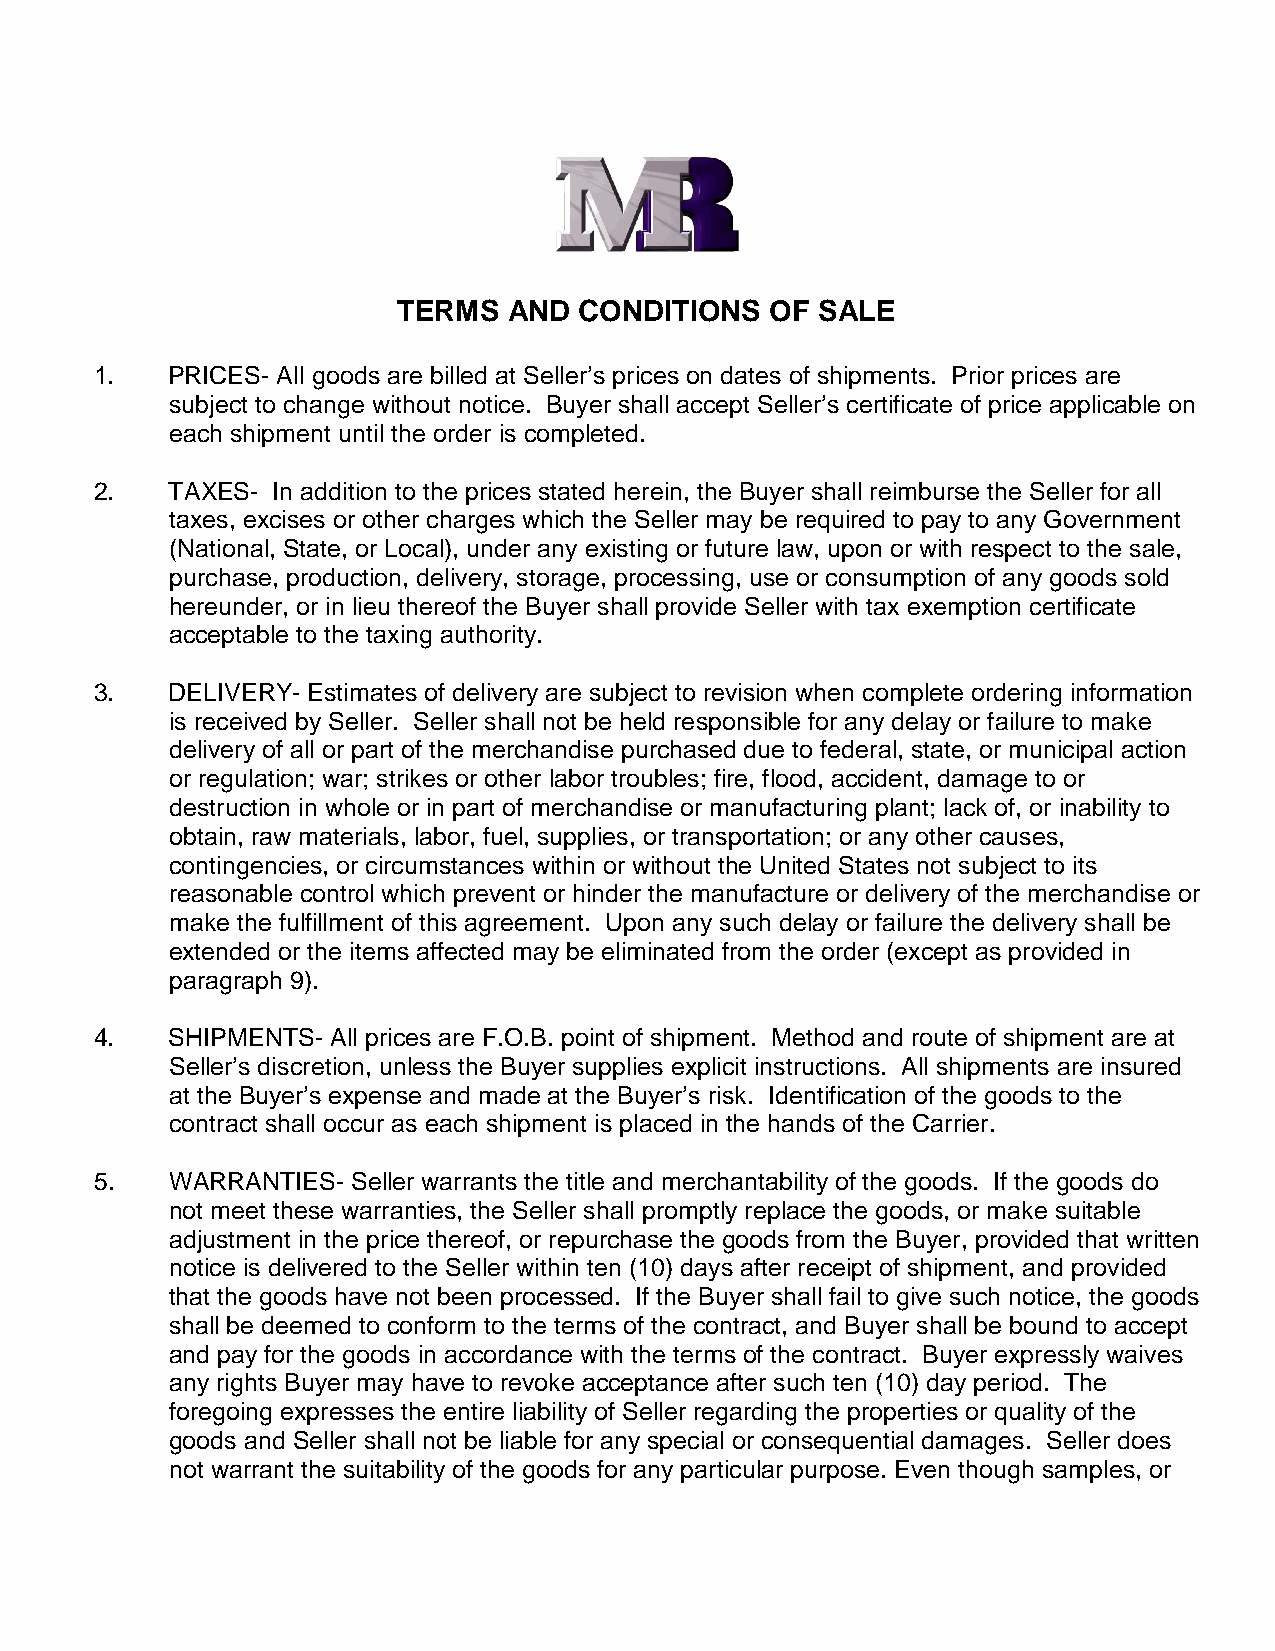
TERMS   AND CONDITIONS   OF SALE
 1.   PRICES- All goods are billed at Seller’s prices on dates of shipments. Prior prices are
 subject to change without notice. Buyer shall accept Seller’s certificate of price applicable on
 each shipment until the order is completed.
 2.   TAXES- In addition to the prices stated herein, the Buyer shall reimburse the Seller for all
 taxes, excises or other charges which the Seller may be required to pay to any Government
 (National, State, or Local), under any existing or future law, upon or with respect to the sale,
 purchase, production, delivery, storage, processing, use or consumption of any goods sold
 hereunder, or in lieu thereof the Buyer shall provide Seller with tax exemption certificate
 acceptable to the taxing authority.
 3.   DELIVERY- Estimates of delivery are subject to revision when complete ordering information
 is received by Seller. Seller shall not be held responsible for any delay or failure to make
 delivery of all or part of the merchandise purchased due to federal, state, or municipal action
 or regulation; war; strikes or other labor troubles; fire, flood, accident, damage to or
 destruction in whole or in part of merchandise or manufacturing plant; lack of, or inability to
 obtain, raw materials, labor, fuel, supplies, or transportation; or any other causes,
 contingencies, or circumstances within or without the United States not subject to its
 reasonable control which prevent or hinder the manufacture or delivery of the merchandise or
 make the fulfillment of this agreement. Upon any such delay or failure the delivery shall be
 extended or the items affected may be eliminated from the order (except as provided in
 paragraph 9).
 4.   SHIPMENTS- All prices are F.O.B. point of shipment. Method and route of shipment are at
 Seller’s discretion, unless the Buyer supplies explicit instructions. All shipments are insured
 at the Buyer’s expense and made at the Buyer’s risk. Identification of the goods to the
 contract shall occur as each shipment is placed in the hands of the Carrier.
 5.   WARRANTIES- Seller warrants the title and merchantability of the goods. If the goods do
 not meet these warranties, the Seller shall promptly replace the goods, or make suitable
 adjustment in the price thereof, or repurchase the goods from the Buyer, provided that written
 notice is delivered to the Seller within ten (10) days after receipt of shipment, and provided
 that the goods have not been processed. If the Buyer shall fail to give such notice, the goods
 shall be deemed to conform to the terms of the contract, and Buyer shall be bound to accept
 and pay for the goods in accordance with the terms of the contract. Buyer expressly waives
 any rights Buyer may have to revoke acceptance after such ten (10) day period. The
 foregoing expresses the entire liability of Seller regarding the properties or quality of the
 goods and Seller shall not be liable for any special or consequential damages. Seller does
 not warrant the suitability of the goods for any particular purpose. Even though samples, or